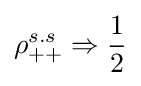
\rho _{++}^{s.s}\Rightarrow {\frac {1}{2}}